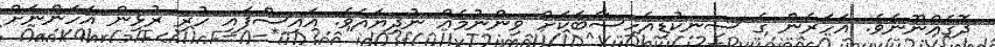
ދޮގެއްނޫނެވެ. އަހަރެން ގެ ސިނކުޑިއެހިސާބަކަށް ވިންނުމެއް ނުދިޔައެވެ. އައިސްފައި ހުރި ރުޅިން އަހަންނަށް